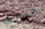
دورى